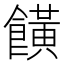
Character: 𩞩